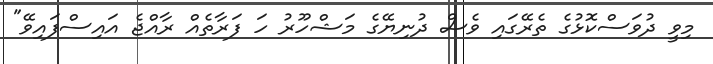
މިވީ ދުވަސްކޮޅުގެ ތެރޭގައި ވެސް ދުނިޔޭގެ މަޝްހޫރު ހަ ފަރާތެއް ރާއްޖެ އައިސްފައިވޭ"